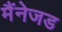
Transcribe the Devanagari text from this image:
मैंनेजड